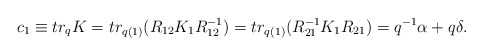
\begin{align*}c_{1} \equiv tr_{q} K = tr_{q(1)}(R_{12} K_1 R_{12}^{-1})=tr_{q(1)}(R_{21}^{-1} K_1R_{21})= q^{-1} \alpha + q \delta .\end{align*}